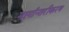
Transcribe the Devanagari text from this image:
मार्गान्तरीकरण